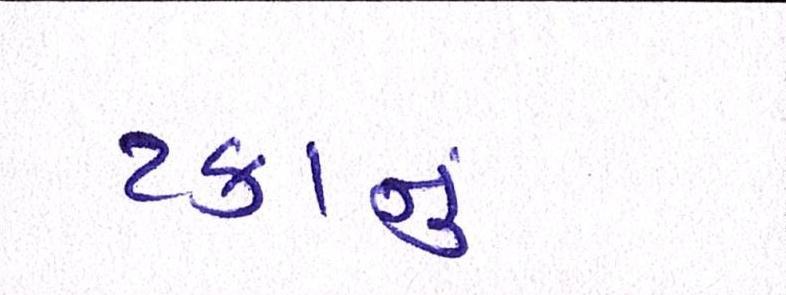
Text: ટકાનું